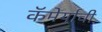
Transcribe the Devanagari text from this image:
कॅमेर्याची